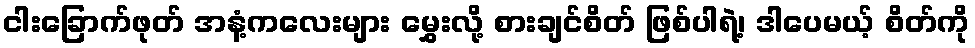
ငါးခြောက်ဖုတ် အနံ့ကလေးများ မွှေးလို့ စားချင်စိတ် ဖြစ်ပါရဲ့၊ ဒါပေမယ့် စိတ်ကို